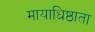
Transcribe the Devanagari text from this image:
मायाधिष्ठाता